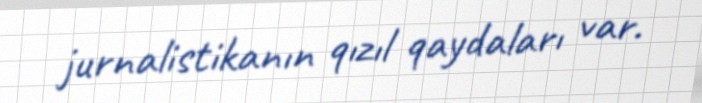
jurnalistikanın qızıl qaydaları var.